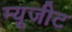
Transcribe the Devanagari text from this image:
म्यूजीट